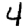
Digit: 4